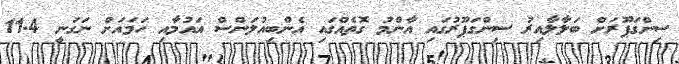
ސިންގަޕޫރަށް ބަލާލާއިރު ސިންގަޕޫރުގައި އާންމު ގޮތެއްގައި އެންބިއުލަންސް އައުމާއި ހަމައަށް ނަގަނީ 11.4